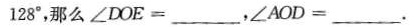
128°，那么 $$ ∠DOE = ___。∠AOD = ___ $$ 。